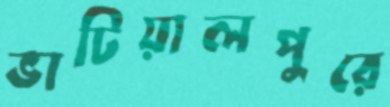
ভাটিয়ালপুরে